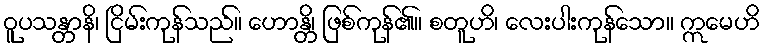
ဝူပသန္တာနိ၊ ငြိမ်းကုန်သည်။ ဟောန္တိ၊ ဖြစ်ကုန်၏။ စတူဟိ၊ လေးပါးကုန်သော။ ဣမေဟိ